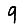
Digit: 9